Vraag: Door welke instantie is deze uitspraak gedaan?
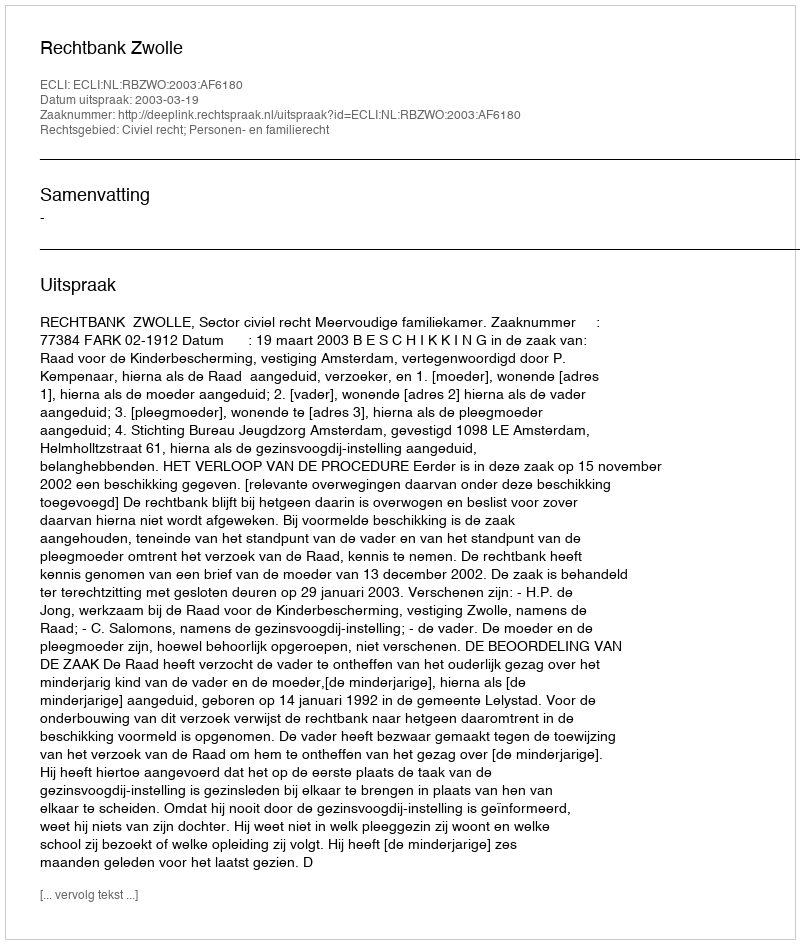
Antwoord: Rechtbank Zwolle